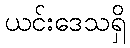
ယင်းဒေသရှိ